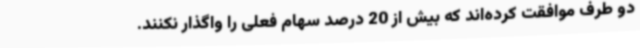
دو طرف موافقت کرده‌اند که بیش از 20 درصد سهام فعلی را واگذار نکنند.